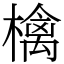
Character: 檎